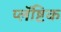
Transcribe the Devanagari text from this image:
प्लॅष्टिक